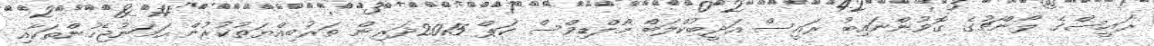
ރައީސްގެ ލޯންޗުގެ ގޮވުންނައިބު ރައީސް އަދީބުކްލަބް މޯލްޑިވްސް ކަޕް 2015ދަރިން ތަރުބިއްޔަތުކުރުން ހަމަނުޖެހުންތަކާއި